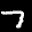
Label: 7